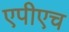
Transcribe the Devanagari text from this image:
एपीएच